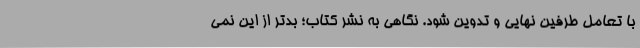
با تعامل طرفین نهایی و تدوین شود. نگاهی به نشر کتاب؛ بدتر از این نمی‌